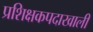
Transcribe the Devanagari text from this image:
प्रशिक्षकपदाखाली